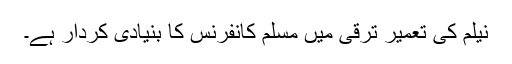
نیلم کی تعمیر ترقی میں مسلم کانفرنس کا بنیادی کردار ہے۔